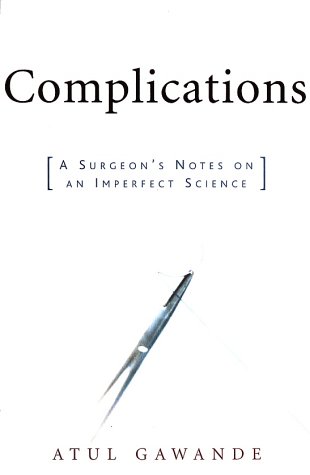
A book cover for Complications: A Surgeon's Notes on an Imperfect Science; Atul Gawande; Biographies & Memoirs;